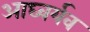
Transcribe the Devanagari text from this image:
आघ्वर्यव